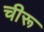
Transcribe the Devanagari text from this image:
चीरू